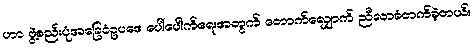
ဟာ ဖွဲ့စည်းပုံအခြေခံဥပဒေ ပေါ်ပေါက်ရေးအတွက် တောက်လျှောက် ညီလာခံတက်ခဲ့တယ်။